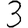
Digit: 3